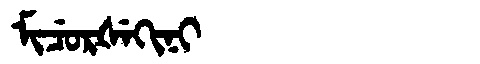
Manchu: ᠮᡳᠴᡠᡵᡧᡝᡴᡳᠨᡳ
Romanization: MICURŠEKINI